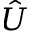
\hat { U }